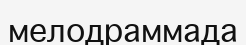
мелодраммада